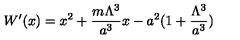
W ^ { \prime } ( x ) = x ^ { 2 } + \frac { m \Lambda ^ { 3 } } { a ^ { 3 } } x - a ^ { 2 } ( 1 + \frac { \Lambda ^ { 3 } } { a ^ { 3 } } )